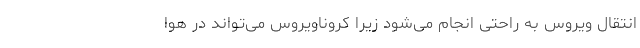
انتقال ویروس به راحتی انجام می‌شود زیرا کروناویروس می‌تواند در هوا